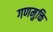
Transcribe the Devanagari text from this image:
गणमुक्ति